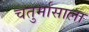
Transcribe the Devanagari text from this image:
चतुर्मासाला